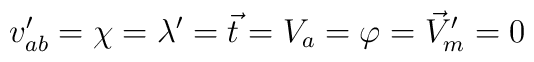
v_{ab}'=\chi=\lambda'=\vec{t}=V_a=\varphi=\vec{V}'_m=0